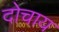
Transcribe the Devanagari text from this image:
दोचाय